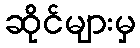
ဆိုင်များမှ